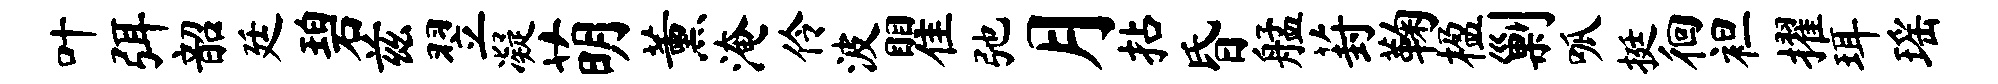
叶弭韶廷碧兹翌凝萌薰淹伶波瞿弛月拈昏艋葑鞠楹剿呱挺徊袒擢珥瑶